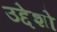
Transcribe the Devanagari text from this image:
उद्देशो